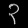
Digit: ၃